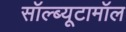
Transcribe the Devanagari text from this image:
सॉल्ब्यूटामॉल